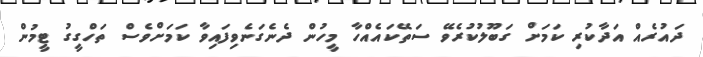
ދައުރެއް އަދާކުރި ކަމަށް ގަބޫލުކުރެވޭ ސަތޭކައެއްހާ މީހުން ދެނެގަނެވިފައިވާ ކަމަށްވެސް ތަހްގީގު ޓީމުން